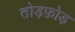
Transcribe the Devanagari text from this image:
तोड़फ़ोड़